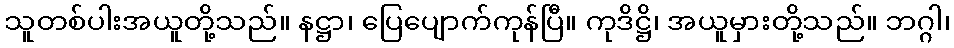
သူတစ်ပါးအယူတို့သည်။ နဋ္ဌာ၊ ပြေပျောက်ကုန်ပြီ။ ကုဒိဋ္ဌိ၊ အယူမှားတို့သည်။ ဘဂ္ဂါ၊